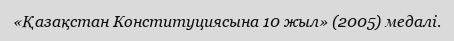
«Қазақстан Конституциясына 10 жыл» (2005) медалі.